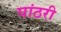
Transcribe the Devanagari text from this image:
पांठरी